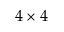
4 \times 4